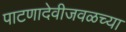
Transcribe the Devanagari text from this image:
पाटणादेवीजवळच्या